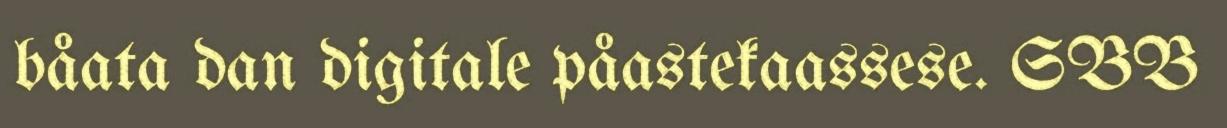
båata dan digitale påastekaassese. SBB